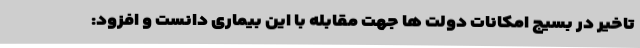
تاخیر در بسیج امکانات دولت ها جهت مقابله با این بیماری دانست و افزود: